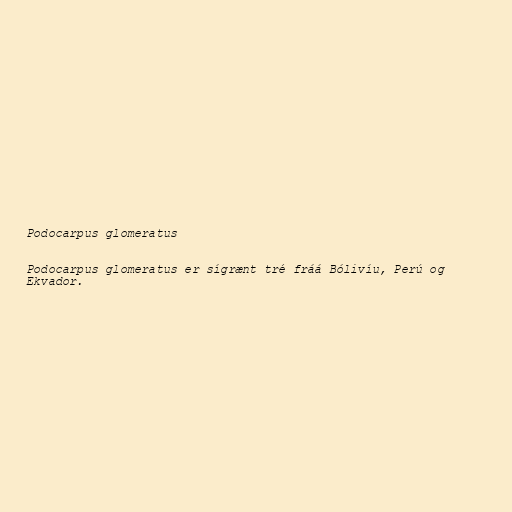
Podocarpus glomeratus

Podocarpus glomeratus er sígrænt tré fráá Bólivíu, Perú og
Ekvador.